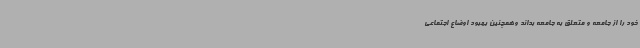
خود را از جامعه و متعلق به جامعه بداند وهمچنین بهبود اوضاع اجتماعی